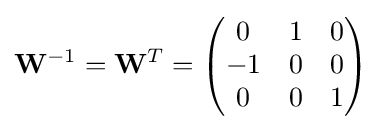
\mathbf {W} ^{-1}=\mathbf {W} ^{T}={\begin{pmatrix}0&1&0\\-1&0&0\\0&0&1\end{pmatrix}}